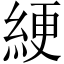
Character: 綆